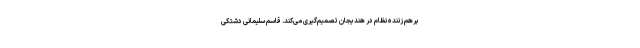
برهم زننده نظام در هندیجان تصمیم‌گیری می‌کند. قاسم سلیمانی دشتکی